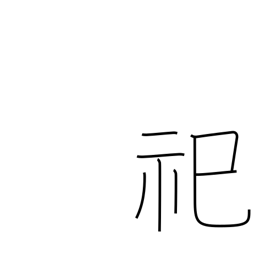
Meaning: enshrine